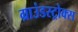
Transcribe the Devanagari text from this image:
ग्राउंडस्ट्रोक्स